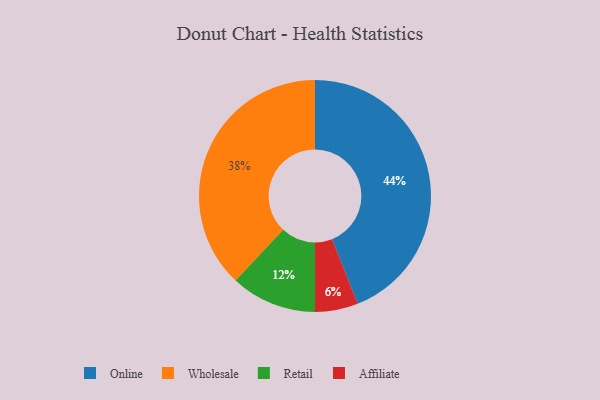
{"axis": {"x": "Category", "y": "Percentage"}, "legend": ["Affiliate", "Online", "Retail", "Wholesale"], "data": [{"x": "Wholesale", "y": 38, "type": "Wholesale"}, {"x": "Online", "y": 44, "type": "Online"}, {"x": "Retail", "y": 12, "type": "Retail"}, {"x": "Affiliate", "y": 6, "type": "Affiliate"}]}